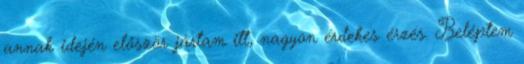
annak idején először jártam itt, nagyon érdekes érzés. Beléptem